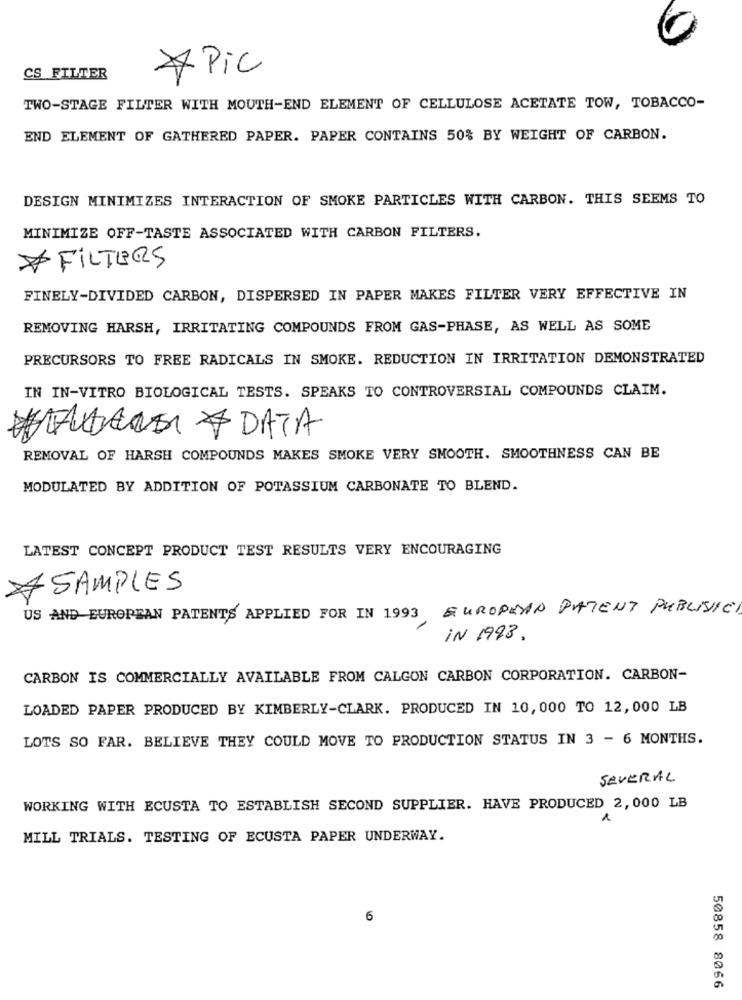
CS FILTER
* Pic
TWO-STAGE FILTER WITH MOUTH-END ELEMENT OF CELLULOSE ACETATE TOW, TOBACCO-
END ELEMENT OF GATHERED PAPER. PAPER CONTAINS 50% BY WEIGHT OF CARBON.
DESIGN MINIMIZES INTERACTION OF SMOKE PARTICLES WITH CARBON. THIS SEEMS TO
MINIMIZE OFF-TASTE ASSOCIATED WITH CARBON FILTERS.
FILTERS
FINELY-DIVIDED CARBON, DISPERSED IN PAPER MAKES FILTER VERY EFFECTIVE IN
REMOVING HARSH, IRRITATING COMPOUNDS FROM GAS-PHASE, AS WELL AS SOME
PRECURSORS TO FREE RADICALS IN SMOKE. REDUCTION IN IRRITATION DEMONSTRATED
IN IN-VITRO BIOLOGICAL TESTS. SPEAKS TO CONTROVERSIAL COMPOUNDS CLAIM.
STANDARDI & DATA
REMOVAL OF HARSH COMPOUNDS MAKES SMOKE VERY SMOOTH. SMOOTHNESS CAN BE
MODULATED BY ADDITION OF POTASSIUM CARBONATE TO BLEND.
LATEST CONCEPT PRODUCT TEST RESULTS VERY ENCOURAGING
SAMPLES
US AND EUROPEAN PATENTS APPLIED FOR IN 1993 EUROPEAN PATENT PUBLISICI
IN 1993.
CARBON IS COMMERCIALLY AVAILABLE FROM CALGON CARBON CORPORATION. CARBON-
LOADED PAPER PRODUCED BY KIMBERLY-CLARK. PRODUCED IN 10, 000 TO 12, 000 LB
LOTS SO FAR. BELIEVE THEY COULD MOVE TO PRODUCTION STATUS IN 3 - 6 MONTHS.
SEVERAL
WORKING WITH ECUSTA TO ESTABLISH SECOND SUPPLIER. HAVE PRODUCED 2, 000 LB
MILL TRIALS. TESTING OF ECUSTA PAPER UNDERWAY.
6
50858 8066